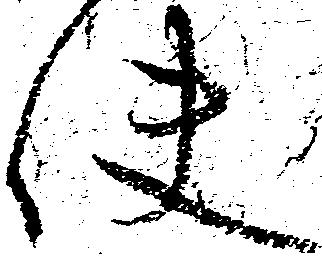
使